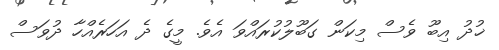
ޚުދު އިބޫ ވެސް މިކަން ގަބޫލުކުރައްވަ އެވެ. މީގެ ދެ އަހަރެއްހާ ދުވަސް